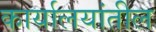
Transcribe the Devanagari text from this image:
कार्यालयांतील